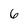
Character: 6